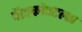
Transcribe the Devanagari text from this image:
पेंटाकोस्टल्स